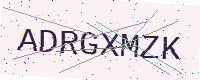
Text: ADRGXMZK